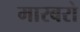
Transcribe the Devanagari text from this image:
मारबरो